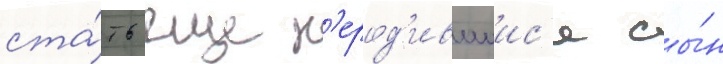
ста́ть еще н'ерод'ившиис'я сы́н